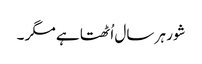
شور ہر سال اُٹھتا ہے مگر ۔